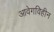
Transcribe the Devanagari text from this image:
आवेगविहीन